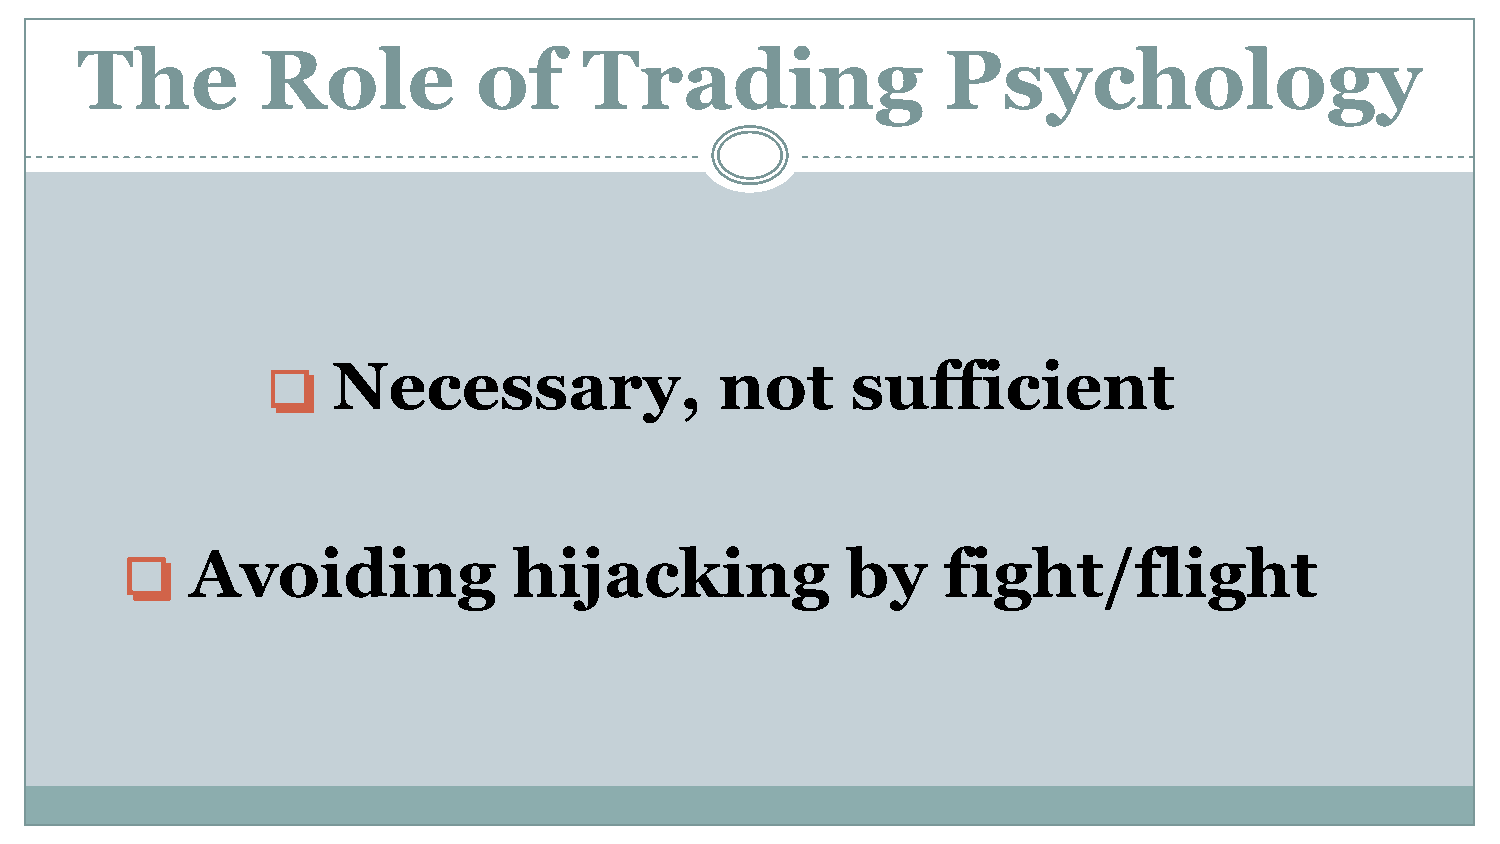
The         Role           of     Trading                Psychology
 Necessary,                not     sufficient
 ❏
 Avoiding             hijacking             by    fight/flight
 ❏